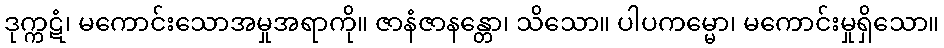
ဒုက္ကဋံ၊ မကောင်းသောအမှုအရာကို။ ဇာနံဇာနန္တော၊ သိသော။ ပါပကမ္မော၊ မကောင်းမှုရှိသော။